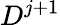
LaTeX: D^{j+1}